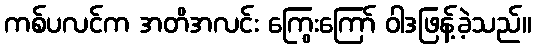
ကစ်ပလင်က အတိအလင်း ကြွေးကြော် ဝါဒဖြန့်ခဲ့သည်။